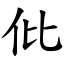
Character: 仳